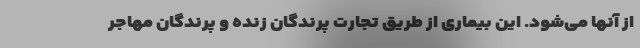
از آنها می‌شود. این بیماری از طریق تجارت پرندگان زنده و پرندگان مهاجر